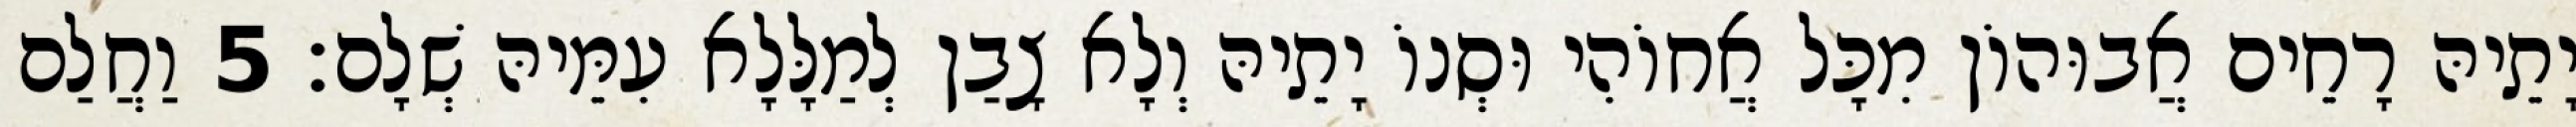
יָתֵיהּ רָחֵים אֲבוּהוֹן מִכָּל אֲחוֹהִי וּסְנוֹ יָתֵיהּ וְלָא צָבַן לְמַלָּלָא עִמֵּיהּ שְׁלָם׃ 5 וַחֲלַם